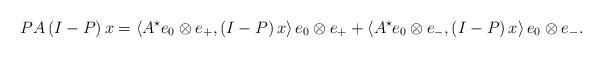
LaTeX: \begin{align*}P A \left( I - P \right) x =\langle A^{\star} e_0 \otimes e_+, \left( I - P \right) x \rangle \, e_0 \otimes e_++\langle A^{\star} e_0 \otimes e_-, \left( I - P \right) x \rangle \, e_0 \otimes e_- .\end{align*}